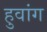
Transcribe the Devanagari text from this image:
हुवांग